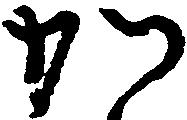
か